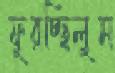
ফুরচ্ছিলুম